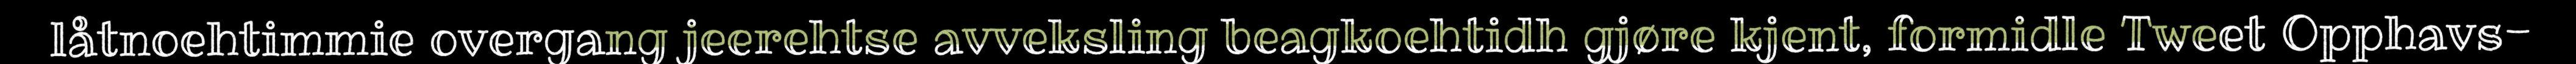
låtnoehtimmie overgang jeerehtse avveksling beagkoehtidh gjøre kjent, formidle Tweet Opphavs-